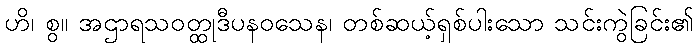
ဟိ၊ စွ။ အဌာရသဝတ္ထုဒီပနဝသေန၊ တစ်ဆယ့်ရှစ်ပါးသော သင်းကွဲခြင်း၏